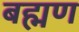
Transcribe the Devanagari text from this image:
बह्मण